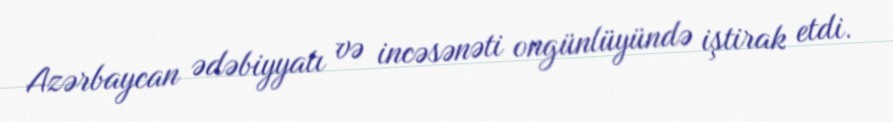
Azərbaycan ədəbiyyatı və incəsənəti ongünlüyündə iştirak etdi.